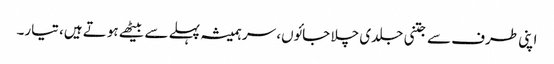
اپنی طرف سے جتنی جلدی چلا جائوں، سر ہمیشہ پہلے سے بیٹھے ہوتے ہیں، تیار۔